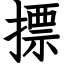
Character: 摽